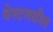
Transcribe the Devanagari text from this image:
बेस्टमधील